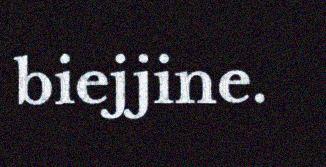
biejjine.